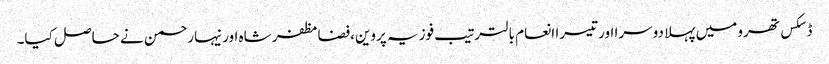
ڈسکس تھرو میں پہلا دوسرا اور تیسرا انعام بالترتیب فوزیہ پروین،فضامظفر شاہ اور نیہارحمن نے حاصل کیا۔